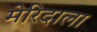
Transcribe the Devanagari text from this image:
मेरिदाला